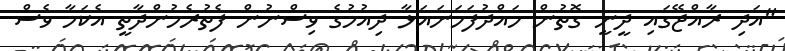
"އަދި ރާއްޖޭގައި ދީނީ ގޮތުން ހައްދުފަހަނައަޅާ ދިއުމުގެ ވިސްނުން ފެތުރެމުންދާތީ އެކަމާ ވެސް